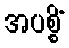
အပစ္စိံ